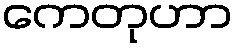
ကေတုဟာ